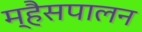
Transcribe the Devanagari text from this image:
म्हैसपालन